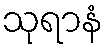
သုရာနံ